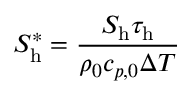
S _ { \mathrm { h } } ^ { * } = \frac { S _ { \mathrm { { h } } } \tau _ { \mathrm { h } } } { \rho _ { 0 } c _ { p , 0 } \Delta T }